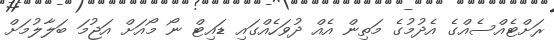
ރަށްޓެއްސެއްގެ އެދުމުގެ މަތިން އެއް ދުވަހެއްގައި ޑައިޓް ނޯ މޯއަށް އަޖުމަ ބަލާލުމަށް